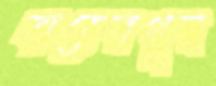
বাহেরপুর